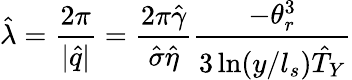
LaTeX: \hat{\lambda}=\frac{2\pi}{|\hat{q}|}=\frac{2\pi\hat{\gamma}}{\hat{\sigma}\hat{\eta}}\frac{-\theta_{r}^{3}}{3\ln(y/l_{s})\hat{T}_{Y}}